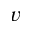
v